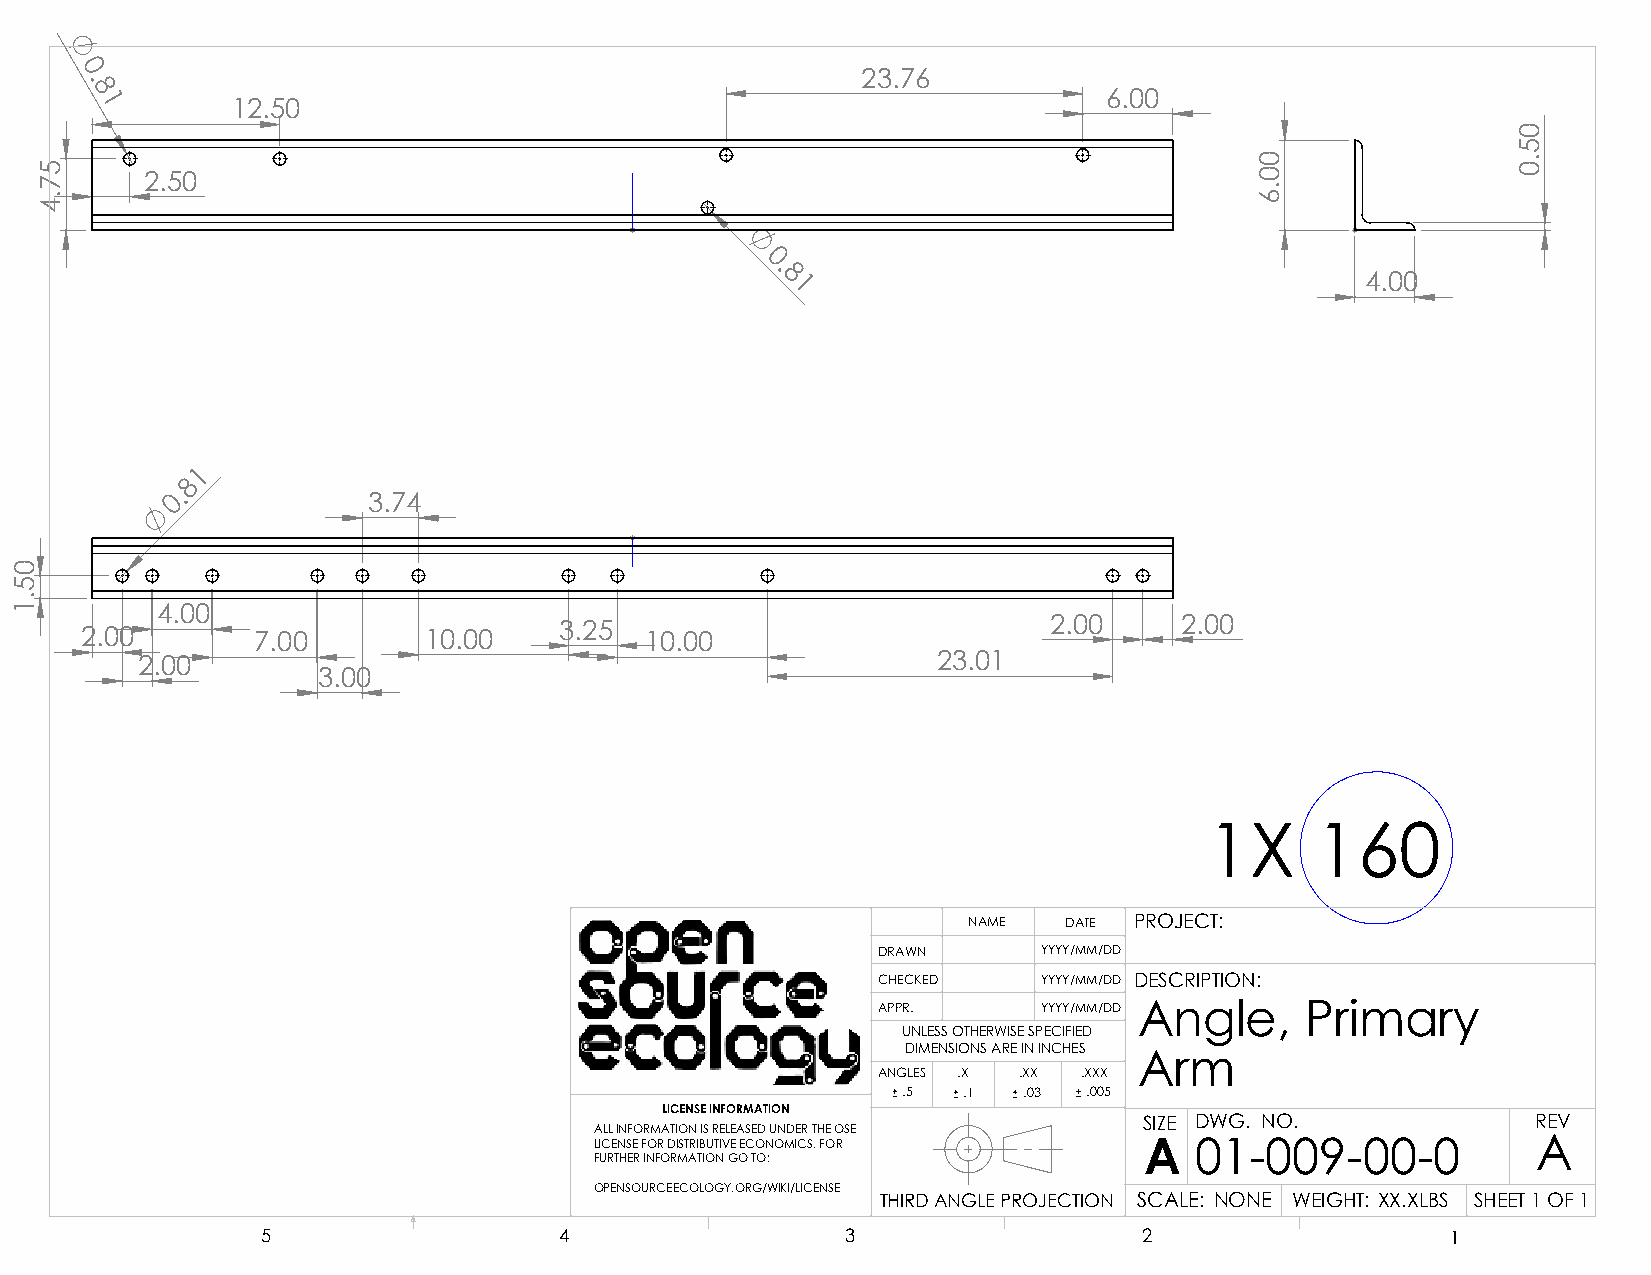
0 .                                                 23.76
 8                                                                  6.00
 1        12.50
 2.50
 0.
 8                                      4.00
 1
 1
 8
 0.           3.74
 4.00
 3.25                            2.00     2.00
 2.00        7.00       10.00          10.00
 2.00                                                 23.01
 3.00
 1X     160
 NAME  DATE PROJECT:
 DRAWN      YYYY/MM/DD
 CHECKED    YYYY/MM/DD DESCRIPTION:
 APPR.      YYYY/MM/DD Angle, Primary
 UNLESS OTHERWISE SPECIFIED
 DIMENSIONS ARE IN INCHES
 Arm
 ANGLES .X .XX .XXX
 .5  .1  .03 .005
 LICENSE INFORMATION
 SIZE DWG. NO.             REV
 ALL INFORMATION IS RELEASED UNDER THE OSE
 LICENSE FOR DISTRIBUTIVE ECONOMICS. FOR A 01-009-00-0          A
 FURTHER INFORMATION GO TO:
 OPENSOURCEECOLOGY.ORG/WIKI/LICENSE
 THIRD ANGLE PROJECTION SCALE: NONE WEIGHT: XX.XLBS SHEET 1 OF 1
 5                   4                  3                   2                   1
 05.1
 57.4
 00.6
 05.0